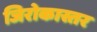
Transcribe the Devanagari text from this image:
जिरोकास्तर